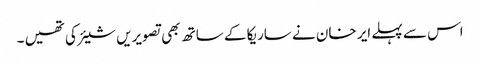
اس سے پہلے ایر خان نے ساریکا کے ساتھ بھی تصویریں شیئر کی تھیں ۔